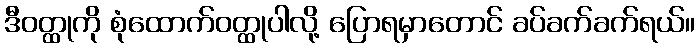
ဒီဝတ္ထုကို စုံထောက်ဝတ္ထုပါလို့ ပြောရမှာတောင် ခပ်ခက်ခက်ရယ်။